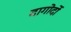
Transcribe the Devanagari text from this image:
दागोर्दो